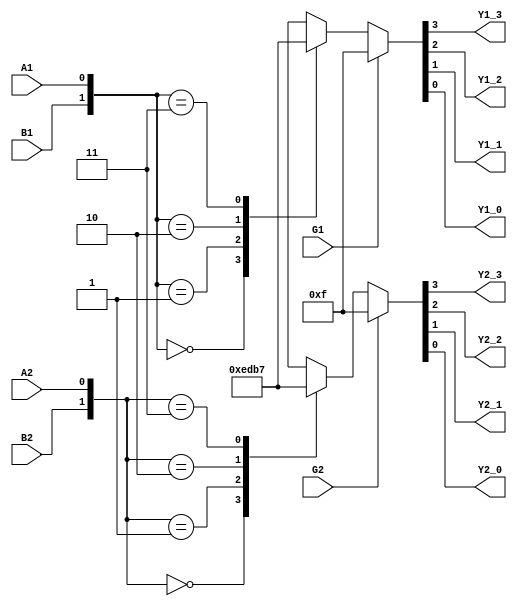
module gate74LS139(G1,B1,A1,Y1_3,Y1_2,Y1_1,Y1_0,G2,B2,A2,Y2_3,Y2_2,Y2_1,Y2_0);
  input G1,B1,A1;
  input G2,B2,A2;
  output Y1_3,Y1_2,Y1_1,Y1_0;
  output Y2_3,Y2_2,Y2_1,Y2_0;
  reg [3:0] regout1;
  reg [3:0] regout2;
  always @(G1,B1,A1)
   begin
    if(G1==1)
        begin
            regout1=4'b1111; //EI
        end
    else  //EI==0
        begin
            casex({B1,A1})
                8'b00:    regout1=5'b1110;  //
                8'b01:    regout1=5'b1101;//7
                8'b10:    regout1=5'b1011;//6
                8'b11:    regout1=5'b0111;//5
                default:  regout1=5'b1111;//
            endcase
        end
    end
    always @(G2,B2,A2)
       begin
        if(G2==1)
            begin
                regout2=4'b1111; //EI
            end
        else  //EI==0
            begin
                casex({B2,A2})
                    8'b00:    regout2=5'b1110;  //
                    8'b01:    regout2=5'b1101;//7
                    8'b10:    regout2=5'b1011;//6
                    8'b11:    regout2=5'b0111;//5
                    default:  regout2=5'b1111;//
                endcase
            end
        end
    assign  {Y1_3,Y1_2,Y1_1,Y1_0}=regout1;
    assign  {Y2_3,Y2_2,Y2_1,Y2_0}=regout2;
endmodule